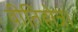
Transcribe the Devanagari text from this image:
वीतिहोत्र।